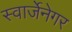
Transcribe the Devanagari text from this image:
स्वार्जेनेगर